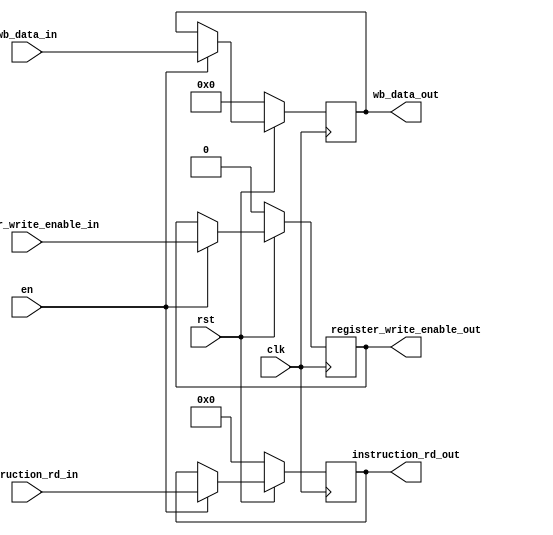
module register_MEMWB(
	output reg [31:0] wb_data_out,
	output reg [4:0] instruction_rd_out,
	output reg register_write_enable_out,
	input [31:0] wb_data_in,
	input [4:0] instruction_rd_in,
	input clk,
	input rst,
	input en,
	//controls to WB
	input register_write_enable_in);

always@(posedge clk) begin
	if(rst == 0) begin
		instruction_rd_out =0;
		wb_data_out = 0;
		//controls to WB
		register_write_enable_out = 0;
	end
	else if(en == 1) begin
		instruction_rd_out <= instruction_rd_in;
		wb_data_out <= wb_data_in;
		//controls to WB
		register_write_enable_out <= register_write_enable_in;
	end
end
endmodule